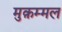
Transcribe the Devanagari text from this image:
मुक़म्मल